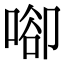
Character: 𠶸